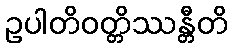
ဥပါတိဝတ္တိဿန္တီတိ